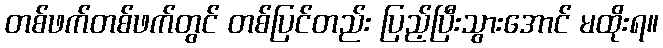
တစ်ဖက်တစ်ဖက်တွင် တစ်ပြင်တည်း ပြည့်ပြီးသွားအောင် မထိုးရ။